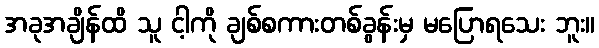
အခုအချိန်ထိ သူ ငါ့ကို ချစ်စကားတစ်ခွန်းမှ မပြောရသေး ဘူး။